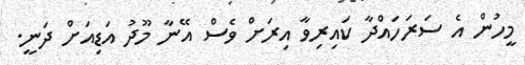
މީހުން އެ ސަރަހައްދާ ކައިރިވާ އިރަށް ވެސް އޭނާ މޫދު އަޑިއަށް ދަނީ.